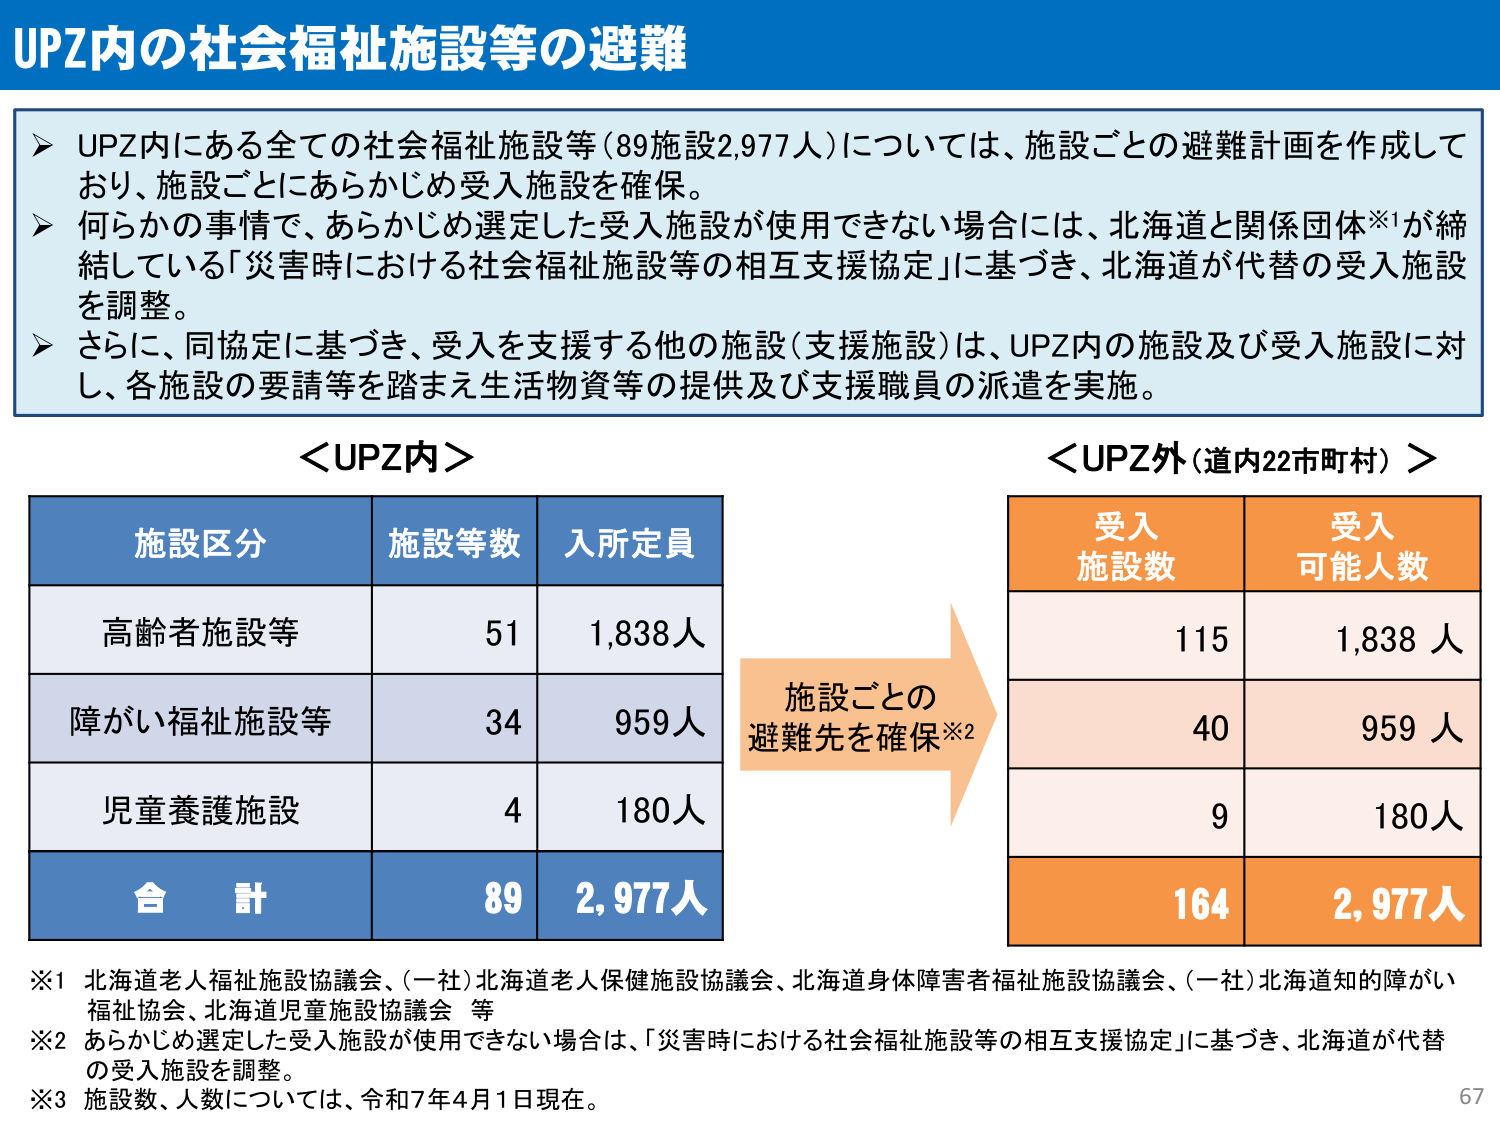
UPZ内の社会福祉施設等の避難

➤ UPZ内にある全ての社会福祉施設等（89施設2,977人）については、施設ごとの避難計画を作成しており、施設ごとにあらかじめ受入施設を確保。
➤ 何らかの事情で、あらかじめ選定した受入施設が使用できない場合には、北海道と関係団体※1が締結している「災害時における社会福祉施設等の相互支援協定」に基づき、北海道が代替の受入施設を調整。
➤ さらに、同協定に基づき、受入を支援する他の施設（支援施設）は、UPZ内の施設及び受入施設に対し、各施設の要請等を踏まえ生活物資等の提供及び支援職員の派遣を実施。

＜UPZ内＞
施設区分　　施設等数　　入所定員
高齢者施設等　　51　　1,838人
障がい福祉施設等　　34　　959人
児童養護施設　　4　　180人
合　計　　89　　2,977人

施設ごとの避難先を確保※2

＜UPZ外（道内22市町村）＞
受入施設数　　受入可能人数
115　　1,838人
40　　959人
9　　180人
164　　2,977人

※1 北海道老人福祉施設協議会、（一社）北海道老人保健施設協議会、北海道身体障害者福祉施設協議会、（一社）北海道知的障がい福祉協会、北海道児童施設協議会 等
※2 あらかじめ選定した受入施設が使用できない場合は、「災害時における社会福祉施設等の相互支援協定」に基づき、北海道が代替の受入施設を調整。
※3 施設数、人数については、令和7年4月1日現在。

67